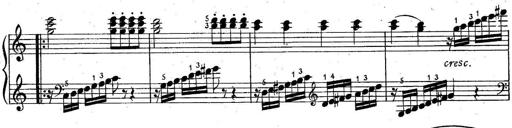
Title: 6 Easy Sonatinas
Composer: Carl Czerny